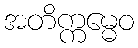
အတိက္ကမ္မေဝ